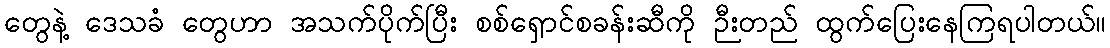
တွေနဲ့ ဒေသခံ တွေဟာ အသက်ပိုက်ပြီး စစ်ရှောင်စခန်းဆီကို ဉီးတည် ထွက်ပြေးနေကြရပါတယ်။